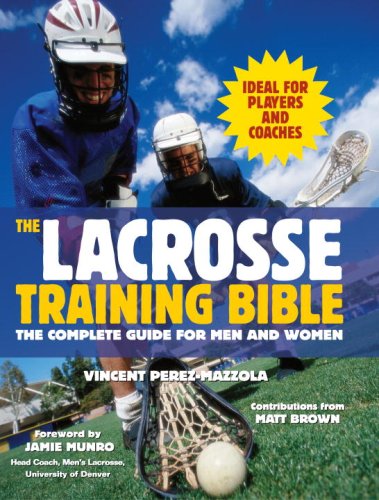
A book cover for The Lacrosse Training Bible: The Complete Guide for Men and Women; Vincent Perez-Mazzola; Sports & Outdoors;